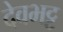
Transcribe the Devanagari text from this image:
देवभट्ट